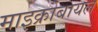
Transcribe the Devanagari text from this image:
माइक्रोबायल